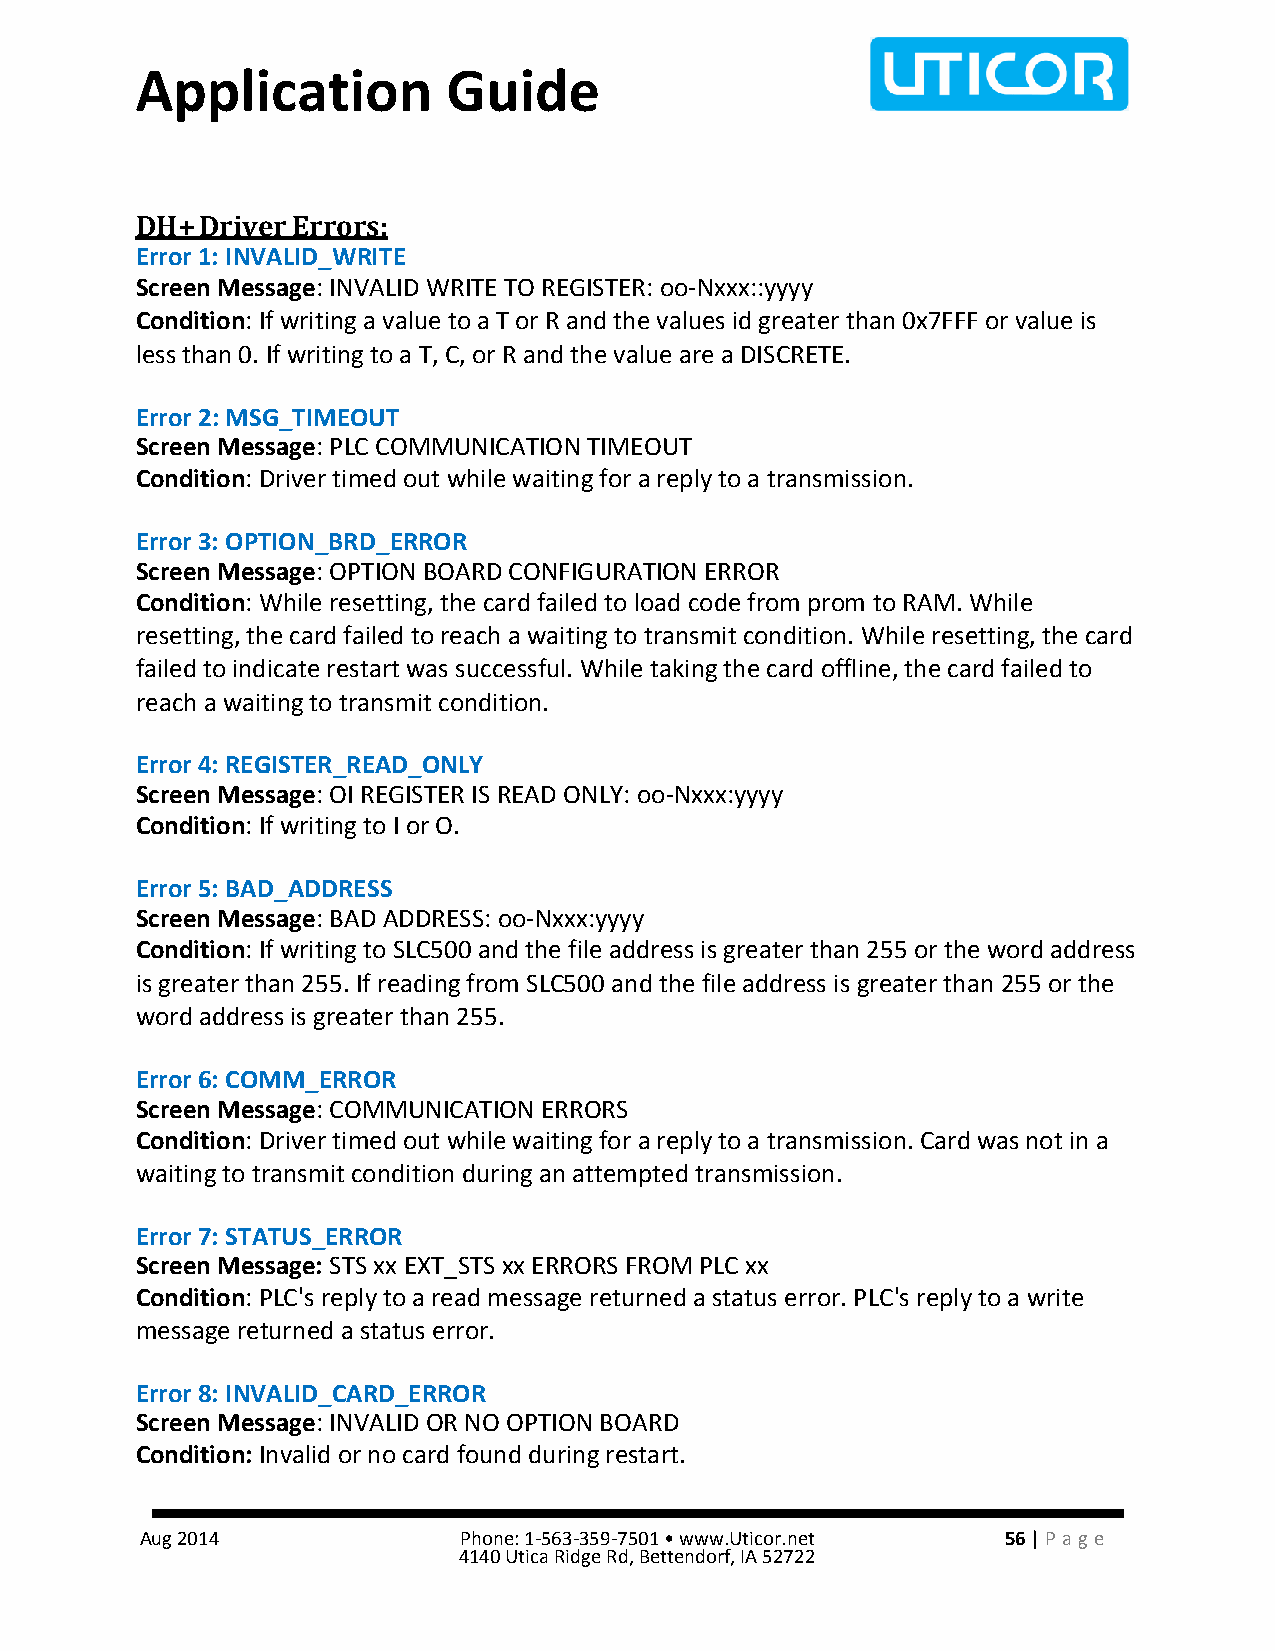
Application          Guide
 DH+ Driver Errors:
 Error 1: INVALID_WRITE
 Screen Message: INVALID WRITE TO REGISTER: oo-Nxxx::yyyy
 Condition: If writing a value to a T or R and the values id greater than 0x7FFF or value is
 less than 0. If writing to a T, C, or R and the value are a DISCRETE.
 Error 2: MSG_TIMEOUT
 Screen Message: PLC COMMUNICATION TIMEOUT
 Condition: Driver timed out while waiting for a reply to a transmission.
 Error 3: OPTION_BRD_ERROR
 Screen Message: OPTION BOARD CONFIGURATION ERROR
 Condition: While resetting, the card failed to load code from prom to RAM. While
 resetting, the card failed to reach a waiting to transmit condition. While resetting, the card
 failed to indicate restart was successful. While taking the card offline, the card failed to
 reach a waiting to transmit condition.
 Error 4: REGISTER_READ_ONLY
 Screen Message: OI REGISTER IS READ ONLY: oo-Nxxx:yyyy
 Condition: If writing to I or O.
 Error 5: BAD_ADDRESS
 Screen Message: BAD ADDRESS: oo-Nxxx:yyyy
 Condition: If writing to SLC500 and the file address is greater than 255 or the word address
 is greater than 255. If reading from SLC500 and the file address is greater than 255 or the
 word address is greater than 255.
 Error 6: COMM_ERROR
 Screen Message: COMMUNICATION ERRORS
 Condition: Driver timed out while waiting for a reply to a transmission. Card was not in a
 waiting to transmit condition during an attempted transmission.
 Error 7: STATUS_ERROR
 Screen Message: STS xx EXT_STS xx ERRORS FROM PLC xx
 Condition: PLC's reply to a read message returned a status error. PLC's reply to a write
 message returned a status error.
 Error 8: INVALID_CARD_ERROR
 Screen Message: INVALID OR NO OPTION BOARD
 Condition: Invalid or no card found during restart.
 Aug 2014             Phone: 1-563-359-7501 • www.Uticor.net 56 | Pa ge
 4140 Utica Ridge Rd, Bettendorf, IA 52722